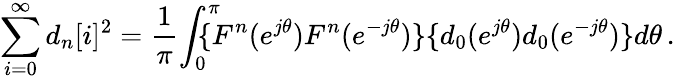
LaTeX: \sum_{i=0}^{\infty}d_{n}[i]^{2}=\frac{1}{\pi}\! \int_{0}^{\pi}\! \! \! \! \! \{ F^{n}(e^{j\theta})F^{n}(e^{-j\theta})\} \{ d_{0}(e^{j\theta})d_{0}(e^{-j\theta})\} d\theta\, .